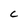
Character: C